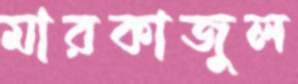
মারকাজুল